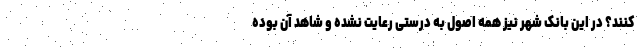
کنند؟ در این بانک شهر نیز همه اصول به درستی رعایت نشده و شاهد آن بوده